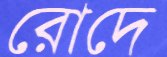
রোদে